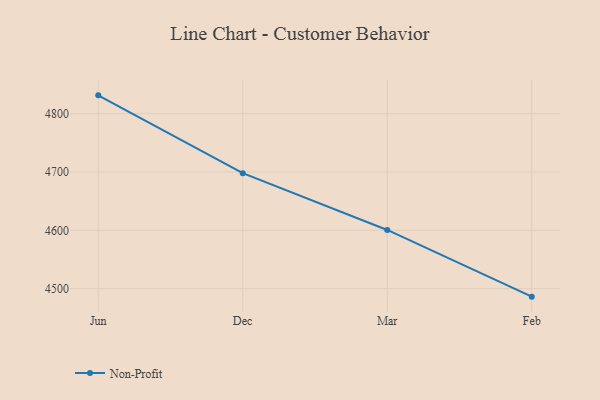
{"axis": {"x": "Month", "y": "Website Visitors"}, "legend": ["Non-Profit"], "data": [{"x": "Jun", "y": 4831.5, "type": "Non-Profit"}, {"x": "Dec", "y": 4698.0, "type": "Non-Profit"}, {"x": "Mar", "y": 4600.6, "type": "Non-Profit"}, {"x": "Feb", "y": 4486.2, "type": "Non-Profit"}]}